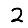
Digit: 2